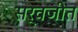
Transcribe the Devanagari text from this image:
सर्वजीत